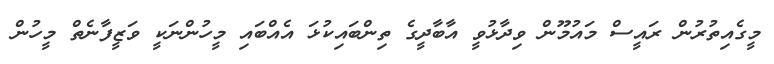
މީގެއިތުރުން ރައީސް މައުމޫން ވިދާޅުވީ އާބާދީގެ ތިންބައިކުޅަ އެއްބައި މީހުންނަކީ ވަޒީފާނެތް މީހުން